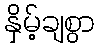
နှိမ့်ချစွာ